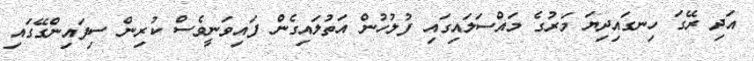
އަދި ރޭގަ ހިނގައިދިޔަ މަރުގެ މައްސަލައިގައި ފުލުހުން އަތުލައިގެން ފައިވަނީވެސް ކުރިން ސިފައިންގޭގައި